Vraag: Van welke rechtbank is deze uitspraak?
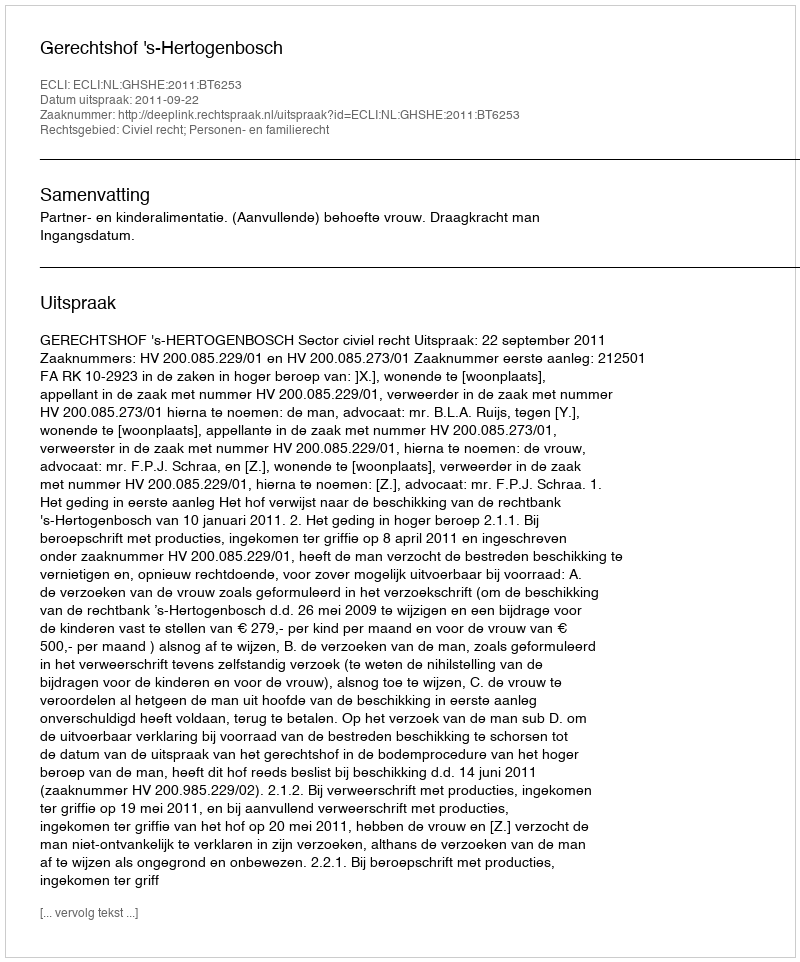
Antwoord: Gerechtshof 's-Hertogenbosch